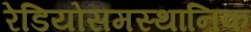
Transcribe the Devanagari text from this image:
रेडियोसमस्थानिक